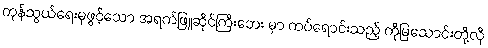
ကုန်သွယ်ရေးမှဖွင့်သော အရက်ဖြူဆိုင်ကြီးဘေး မှာ ကပ်ရောင်းသည့် ကိုမြသောင်းတို့လို